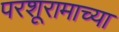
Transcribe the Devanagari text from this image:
परशूरामाच्या